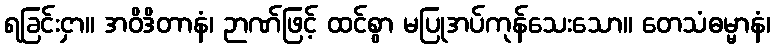
ရခြင်းငှာ။ အဝိဒိတာနံ၊ ဉာဏ်ဖြင့် ထင်စွာ မပြုအပ်ကုန်သေးသော။ တေသံဓမ္မာနံ၊